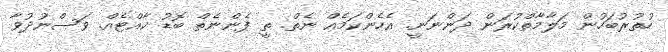
ހުތުރުބަހުން މަލާމާތްކުރަން ދަންނަނީ. އެހެންކަމެއް ނެތް. ތީ ފެންނެތް ބޮޑު ކާއްޓެއް. ވަސްނުދުވާ